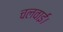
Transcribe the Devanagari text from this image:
चलवाईं।